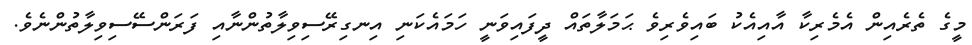
މީގެ ތެރެއިން އެމެރިކާ އާއިއެކު ބައިވެރިވެ ޙަމަލާތައް ދީފައިވަނީ ހަމައެކަނި އިނގިރޭސިވިލާތުންނާއި ފަރަންސޭސިވިލާތުންނެވެ.